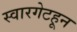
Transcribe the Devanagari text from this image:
स्वारगेटहून